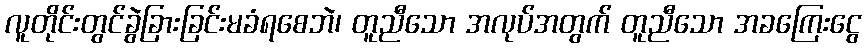
လူတိုင်းတွင်ခွဲခြားခြင်းမခံရစေဘဲ၊ တူညီသော အလုပ်အတွက် တူညီသော အခကြေးငွေ